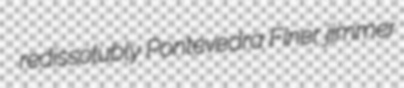
redissolubly Pontevedra Finer jimmer